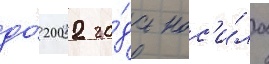
до́ 2002 го́да нос'и́ла